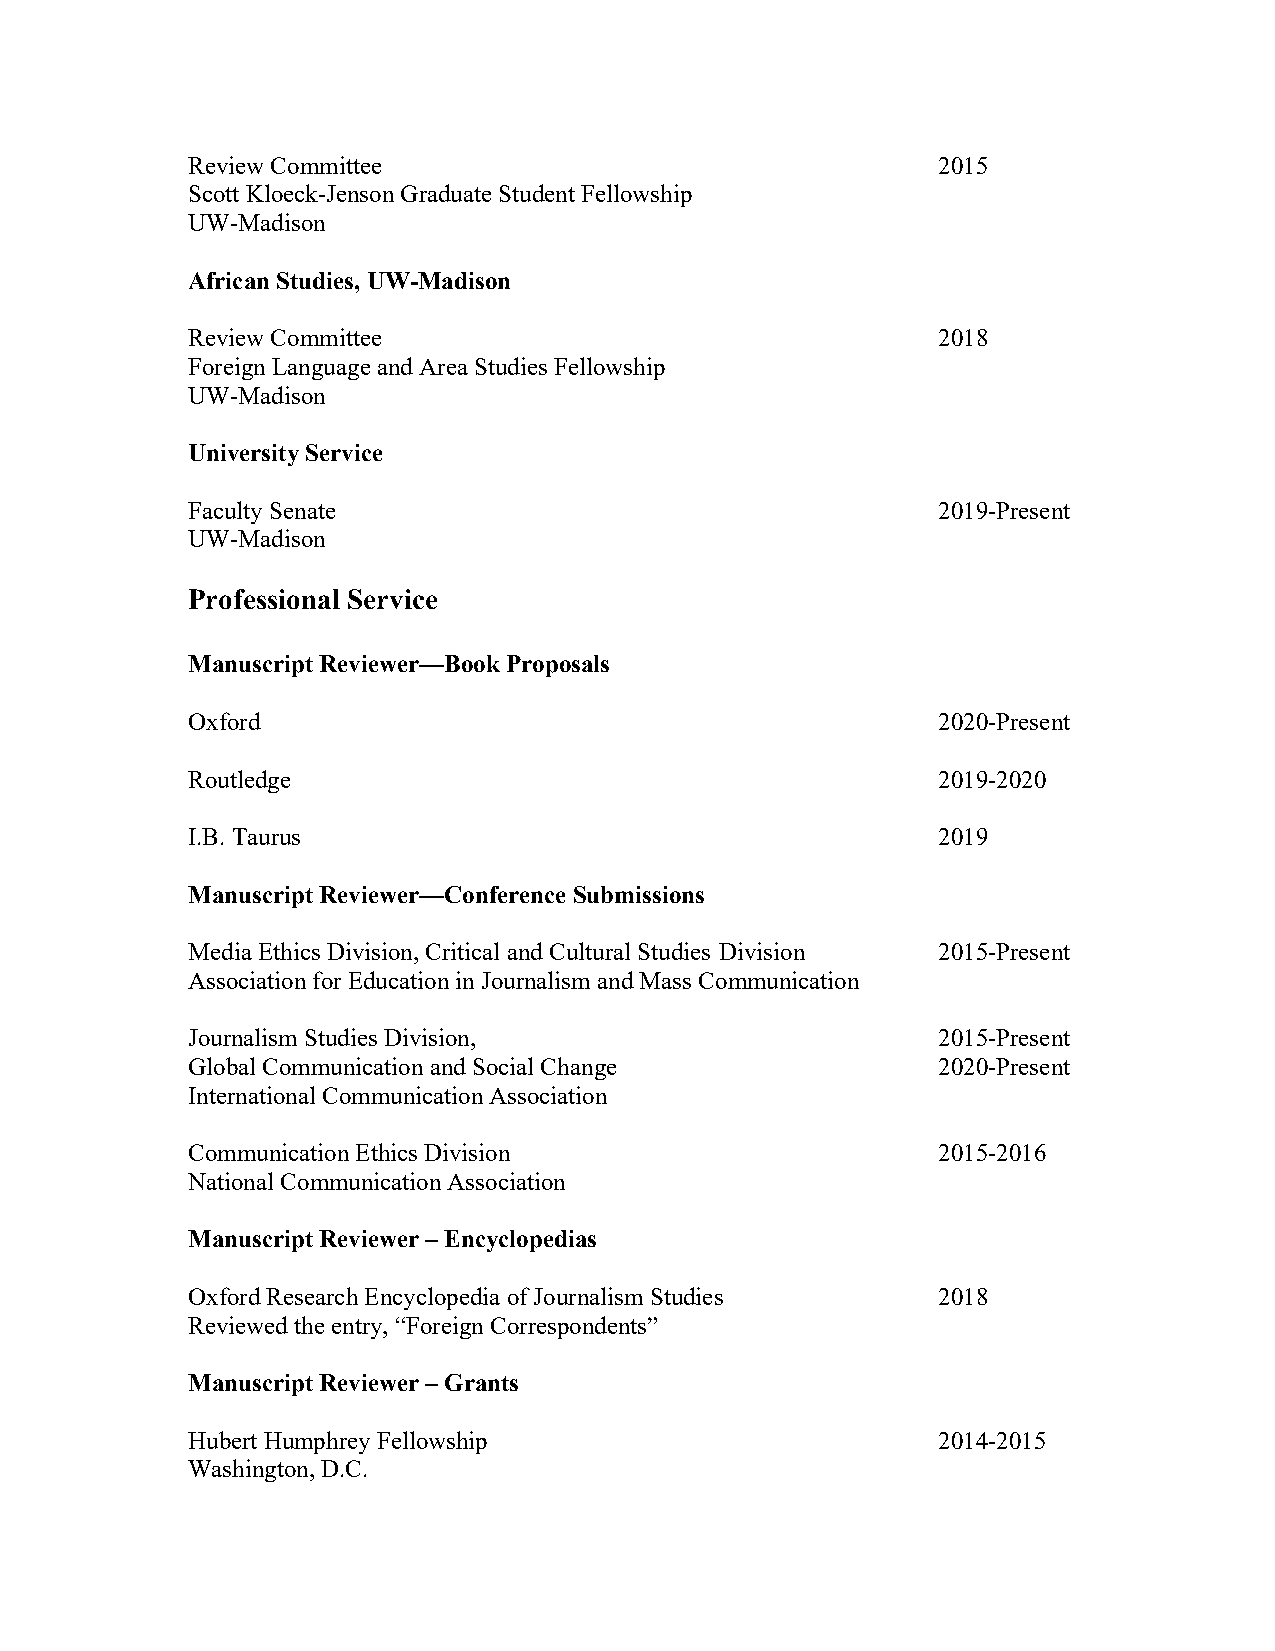
Review Committee                                  2015
 Scott Kloeck-Jenson Graduate Student Fellowship
 UW-Madison
 African Studies, UW-Madison
 Review Committee                                  2018
 Foreign Language and Area Studies Fellowship
 UW-Madison
 University Service
 Faculty Senate                                    2019-Present
 UW-Madison
 Professional Service
 Manuscript Reviewer—Book Proposals
 Oxford                                            2020-Present
 Routledge                                         2019-2020
 I.B. Taurus                                       2019
 Manuscript Reviewer—Conference Submissions
 Media Ethics Division, Critical and Cultural Studies Division 2015-Present
 Association for Education in Journalism and Mass Communication
 Journalism Studies Division,                      2015-Present
 Global Communication and Social Change            2020-Present
 International Communication Association
 Communication Ethics Division                     2015-2016
 National Communication Association
 Manuscript Reviewer – Encyclopedias
 Oxford Research Encyclopedia of Journalism Studies 2018
 Reviewed the entry, “Foreign Correspondents”
 Manuscript Reviewer – Grants
 Hubert Humphrey Fellowship                        2014-2015
 Washington, D.C.